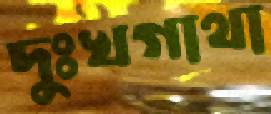
দুঃখগাথা